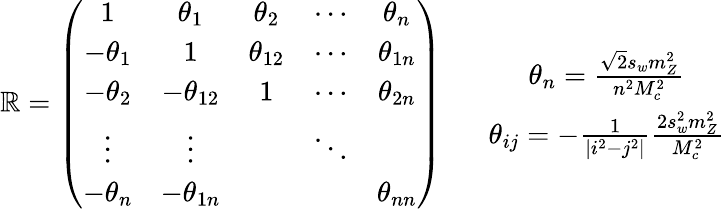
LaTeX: \mathbb{R}=\left(\begin{array}{ccccc}{{1}}&{{\theta_{1}}}&{{\theta_{2}}}&{{\cdots}}&{{\theta_{n}}}\\ {{-\theta_{1}}}&{{1}}&{{\theta_{12}}}&{{\cdots}}&{{\theta_{1n}}}\\ {{-\theta_{2}}}&{{-\theta_{12}}}&{{1}}&{{\cdots}}&{{\theta_{2n}}}\\ {{\vdots}}&{{\vdots}}&{{}}&{{\ddots}}&{{}}\\ {{-\theta_{n}}}&{{-\theta_{1n}}}&{{}}&{{}}&{{\theta_{nn}}}\end{array}\right)\, \, \, \, \, \, \, \, \, \, \begin{array}{c}{{\theta_{n}=\frac{\sqrt{2}s_{w}m_{Z}^{2}}{n^{2}M_{c}^{2}}}}\\ {{\theta_{ij}=-\frac{1}{|i^{2}-j^{2}|}\frac{2s_{w}^{2}m_{Z}^{2}}{M_{c}^{2}}}}\end{array}